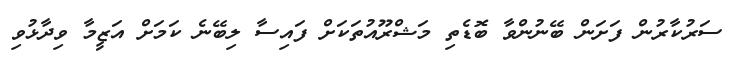
ސަރުކާރުން ފަށަން ބޭނުންވާ ބޮޑެތި މަޝްރޫއުތަކަށް ފައިސާ ލިބޭނެ ކަމަށް އަޒީމާ ވިދާޅުވި